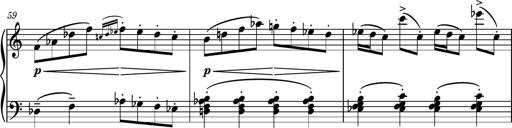
Title: Piano Sonatina No.3
Composer: Dimitri Sykias
Key: C major